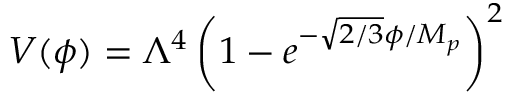
V ( \phi ) = \Lambda ^ { 4 } \left( 1 - e ^ { - { \sqrt { 2 / 3 } } \phi / M _ { p } } \right) ^ { 2 }